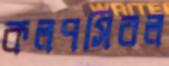
কলপসিবল